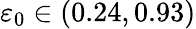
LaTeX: {\varepsilon_{0}}\in(0.24,0.93)